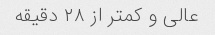
عالی و کمتر از ٢٨ دقیقه